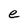
Character: e